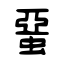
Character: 蝁